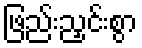
ဖြည်းညှင်းစွာ